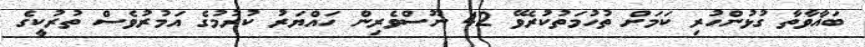
ބަޣާވާތާ ގުޅުންހުރި ކަމަށް ތުހުމަތުކުރެވޭ 42 ނޫސްވެރިން ހައްޔަރު ކުރުމުގެ އަމުރުވެސް ތުރުކީގެ